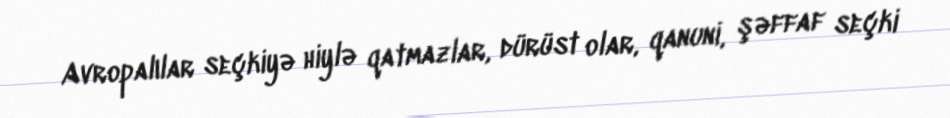
Avropalılar seçkiyə hiylə qatmazlar, dürüst olar, qanuni, şəffaf seçki